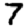
Digit: 7